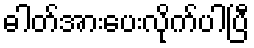
ဓါတ်အားပေးလိုက်ပါပြီ